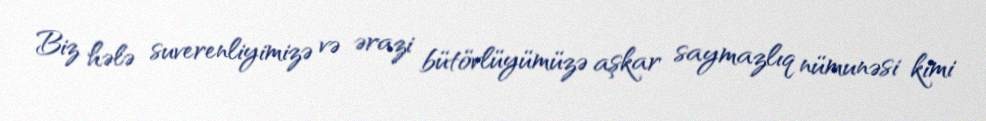
Biz hələ suverenliyimizə və ərazi bütövlüyümüzə aşkar saymazlıq nümunəsi kimi